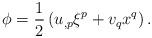
LaTeX: \begin{align*}\phi=\frac{1}{2}\left(u_{,p}\xi^p+v_qx^q\right).\end{align*}